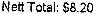
NETT TOTAL: $8.20